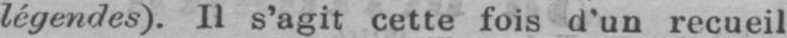
légendes). Il s’agit cette fois d’un recueil